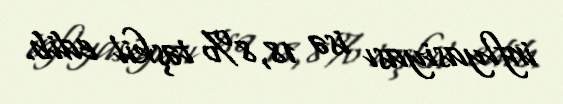
inflyasiyası isə 18,8% təşkil edib.